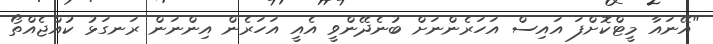
"އޭނައާ މީޓްކޮށްފަ އައިސް އަހަރެންނަށް ބުނެދޭންވީ އެއީ އަހަރެން އިންނަން ރަނގަޅު ކުއްޖެއްތޯ